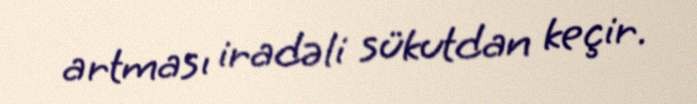
artması iradəli sükutdan keçir.